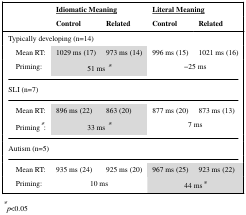
<table><thead><tr><td rowspan="2"></td><td colspan="2"><b><underline>Idiomatic Meaning</underline></b></td><td colspan="2"><b><underline>Literal Meaning</underline></b></td></tr><tr><td><b>Control</b></td><td><b>Related</b></td><td><b>Control</b></td><td><b>Related</b></td></tr></thead><tbody><tr><td colspan="5">Typically developing (n=14)</td></tr><tr><td> Mean RT:</td><td>1029 ms (17)</td><td>973 ms (14)</td><td>996 ms (15)</td><td>1021 ms (16)</td></tr><tr><td> Priming:</td><td colspan="2">51 ms *</td><td colspan="2">−25 ms</td></tr><tr><td colspan="5">SLI (n=7)</td></tr><tr><td> Mean RT:</td><td>896 ms (22)</td><td>863 (20)</td><td>877 ms (20)</td><td>873 ms (13)</td></tr><tr><td> Priming*:</td><td colspan="2">33 ms *</td><td colspan="2">7 ms</td></tr><tr><td colspan="5">Autism (n=5)</td></tr><tr><td> Mean RT:</td><td>935 ms (24)</td><td>925 ms (20)</td><td>967 ms (25)</td><td>923 ms (22)</td></tr><tr><td> Priming:</td><td colspan="2">10 ms</td><td colspan="2">44 ms*</td></tr></tbody></table>